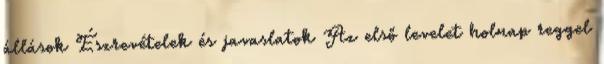
állások Észrevételek és javaslatok Az első levelet holnap reggel